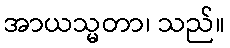
အာယသ္မတာ၊ သည်။